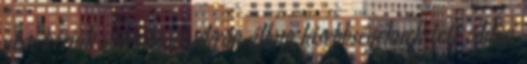
nem kérjük számon az ukrán állam kisebbségeknek tett eddigi